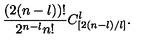
\frac { ( 2 ( n - l ) ) ! } { 2 ^ { n - l } n ! } C _ { [ 2 ( n - l ) / l ] } ^ { l } .